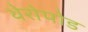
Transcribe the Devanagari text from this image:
थेरोपोड